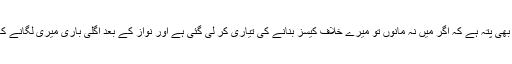
اُنہوں نے کہا ’’مجھے یہ بھی پتہ ہے کہ اگر میں نہ مانوں تو میرے خلاف کیسز بنانے کی تیاری کر لی گئی ہے اور نواز کے بعد اگلی باری میری لگانے کا پورا انتظام ہو چکا ہے‘‘۔